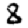
Digit: 8